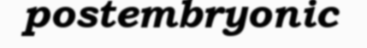
postembryonic